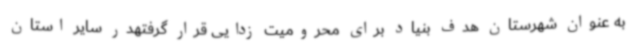
به عنوان شهرستان هدف بنیاد برای محرومیت زدایی قرار گرفتهدر سایر استان